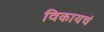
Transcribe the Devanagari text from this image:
विकायचं